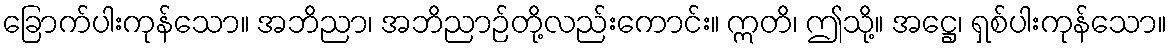
ခြောက်ပါးကုန်သော။ အဘိညာ၊ အဘိညာဉ်တို့လည်းကောင်း။ ဣတိ၊ ဤသို့။ အဋ္ဌေ၊ ရှစ်ပါးကုန်သော။